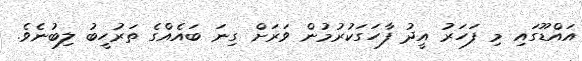
އައްޑޫގައި މި ފަހަރު އީދު ފާހަގަކުރުމުން ވަރަށް ގިނަ ބައެއްގެ ތަރުހީބު ލިބުނެވެ.